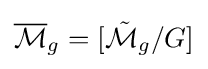
{\overline {\mathcal {M}}}_{g}=[{\tilde {\mathcal {M}}}_{g}/G]